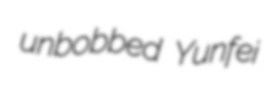
unbobbed Yunfei